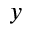
y